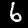
Digit: 6